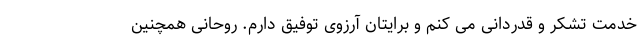
خدمت تشکر و قدردانی می کنم و برایتان آرزوی توفیق دارم. روحانی همچنین